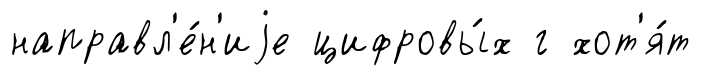
направл'е́н'иjе цифровы́х г хот'я́т